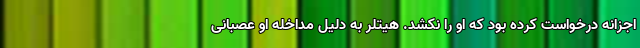
اجزانه درخواست کرده بود که او را نکشد. هیتلر به دلیل مداخله او عصبانی